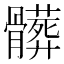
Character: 髒